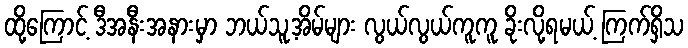
ထို့ကြောင့် ဒီအနီးအနားမှာ ဘယ်သူ့အိမ်များ လွယ်လွယ်ကူကူ ခိုးလို့ရမယ့် ကြက်ရှိသ